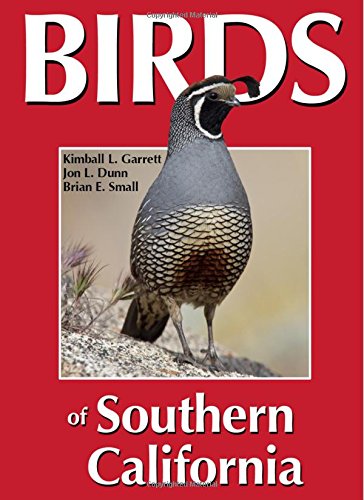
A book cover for Birds of Southern California; Kimball L. Garrett; Science & Math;